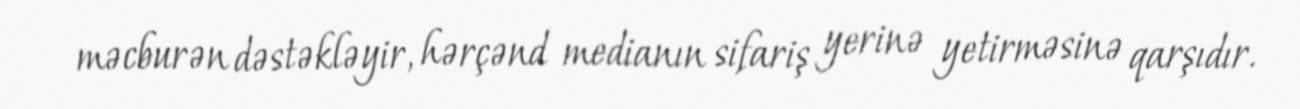
məcburən dəstəkləyir, hərçənd medianın sifariş yerinə yetirməsinə qarşıdır.